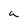
Character: a